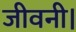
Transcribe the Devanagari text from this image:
जीवनी।